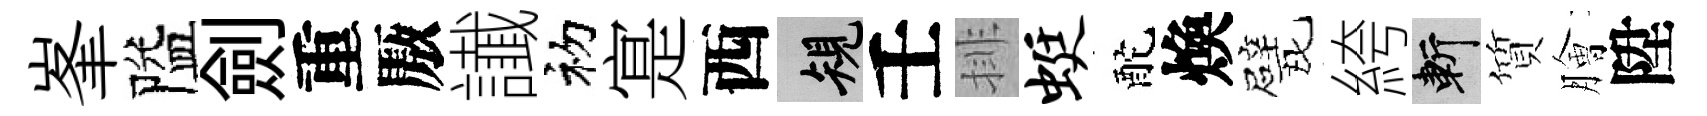
峯隘劍重厫䜟初寔西規壬排蜓酡煥戏絝斬質膾陞